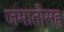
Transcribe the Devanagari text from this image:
जमातीसह